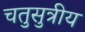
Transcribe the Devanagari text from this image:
चतुसुत्रीय